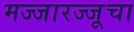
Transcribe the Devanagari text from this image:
मज्जारज्जूचा